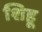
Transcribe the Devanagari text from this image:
शिहू